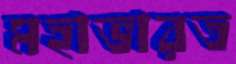
মহাভারত